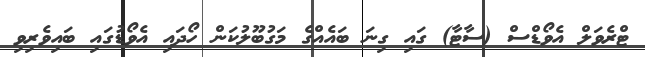
ޓްރެވަލް އެވޯޑްސް (ސާޓާ) ގައި ގިނަ ބައެއްގެ މަގުބޫލުކަން ހޯދައި އެވޯޑުގައި ބައިވެރިވި